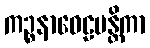
ကဉ္စနာဝေဠပန္တိကာ